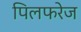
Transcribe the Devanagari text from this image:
पिलफरेज